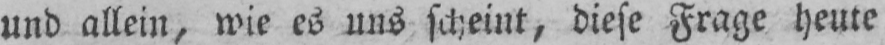
und allein, wie es uns scheint, diese Frage heute